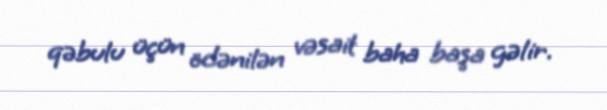
qəbulu üçün ödənilən vəsait baha başa gəlir.